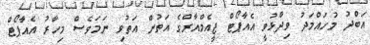
އަބްދު މުހައްމަދު ވިދާޅުވީ އެއާޕޯޓް ޖީއެމްއާރްގެ އަތުން އަތުވި ނަމަވެސް މިހާރު އެއާޕޯޓް